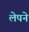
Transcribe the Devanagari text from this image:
लेपने